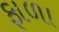
ફાળા